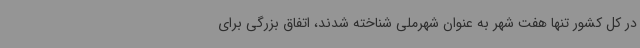
در کل کشور تنها هفت شهر به عنوان شهرملی شناخته شدند، اتفاق بزرگی برای